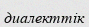
диалекттік